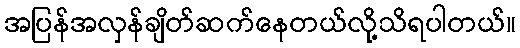
အပြန်အလှန်ချိတ်ဆက်နေတယ်လို့သိရပါတယ်။